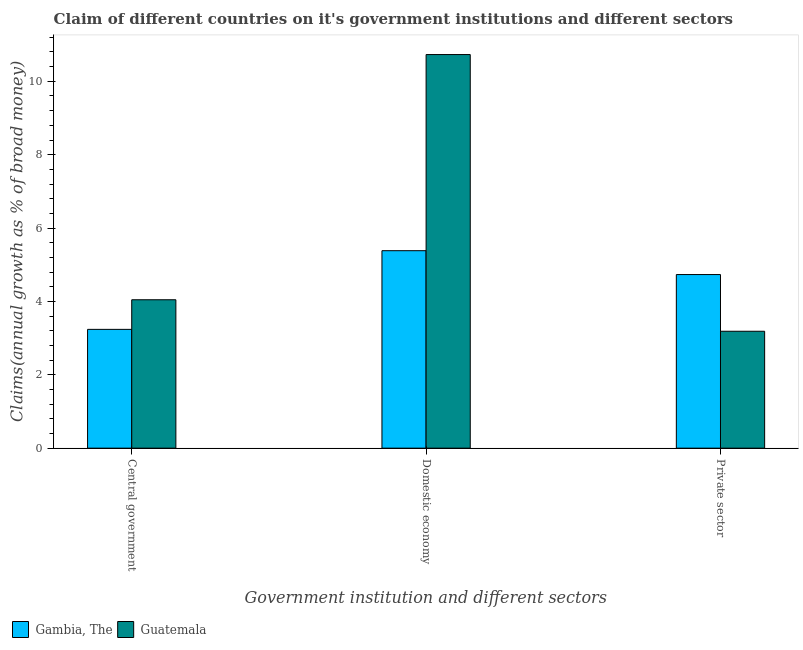
| Government institution and different sectors | Gambia, The | Guatemala |
 | --- | --- | --- |
 | Central government | 3.24 | 4.05 |
 | Domestic economy | 5.38 | 10.7 |
 | Private sector | 4.73 | 3.19 |